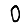
Digit: 0